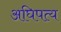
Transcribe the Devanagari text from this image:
अघिपत्य